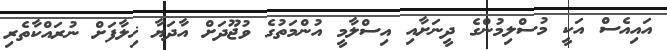
އައިއެސް އަކީ މުސްލިމުންގެ ދީނަށާއި އިސްލާމީ އުންމަތުގެ ވުޖޫދަށް އާދަޔާ ޚިލާފަށް ނުރައްކާތެރި